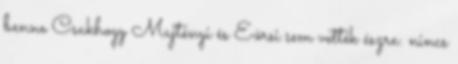
benne Csakhogy Majtényi és Eörsi sem vették észre: nincs